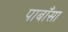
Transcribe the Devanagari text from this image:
पाबाँसा